Insane asylums Bombay 1873-77 - 1873-1877
Year: 1873
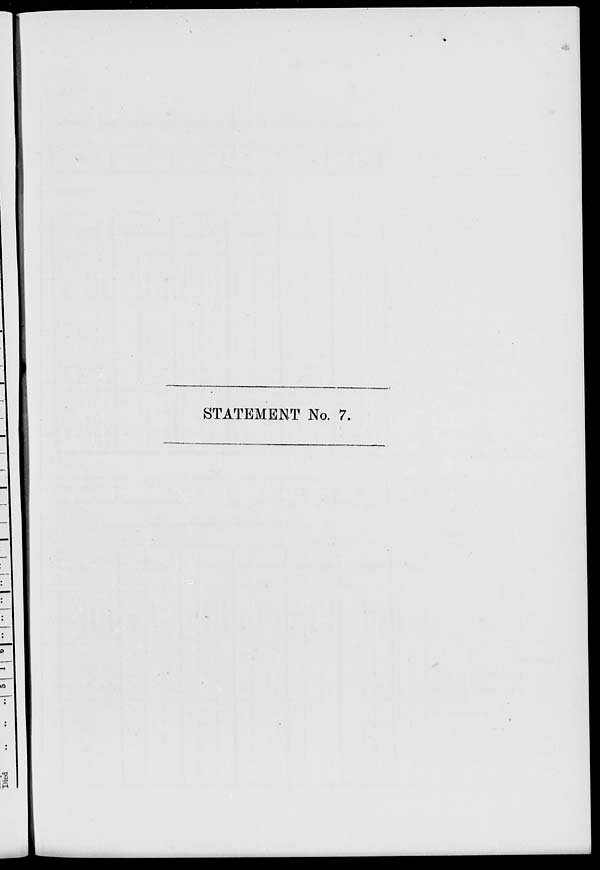
STATEMENT No. 7.